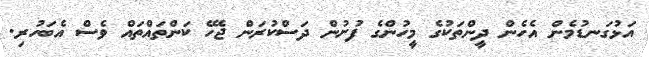
އަޅުގަނޑުމެން އެހެން ދީންތަކުގެ މީހުންގެ ފުށުން ދަސްކުރަން ޖެހޭ ކަންތައްތައް ވެސް އެބަހުރި.